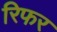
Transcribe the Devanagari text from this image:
रिफर